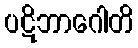
ပဋိဘာဂေါတိ